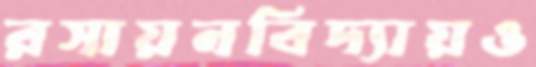
রসায়নবিদ্যায়ও